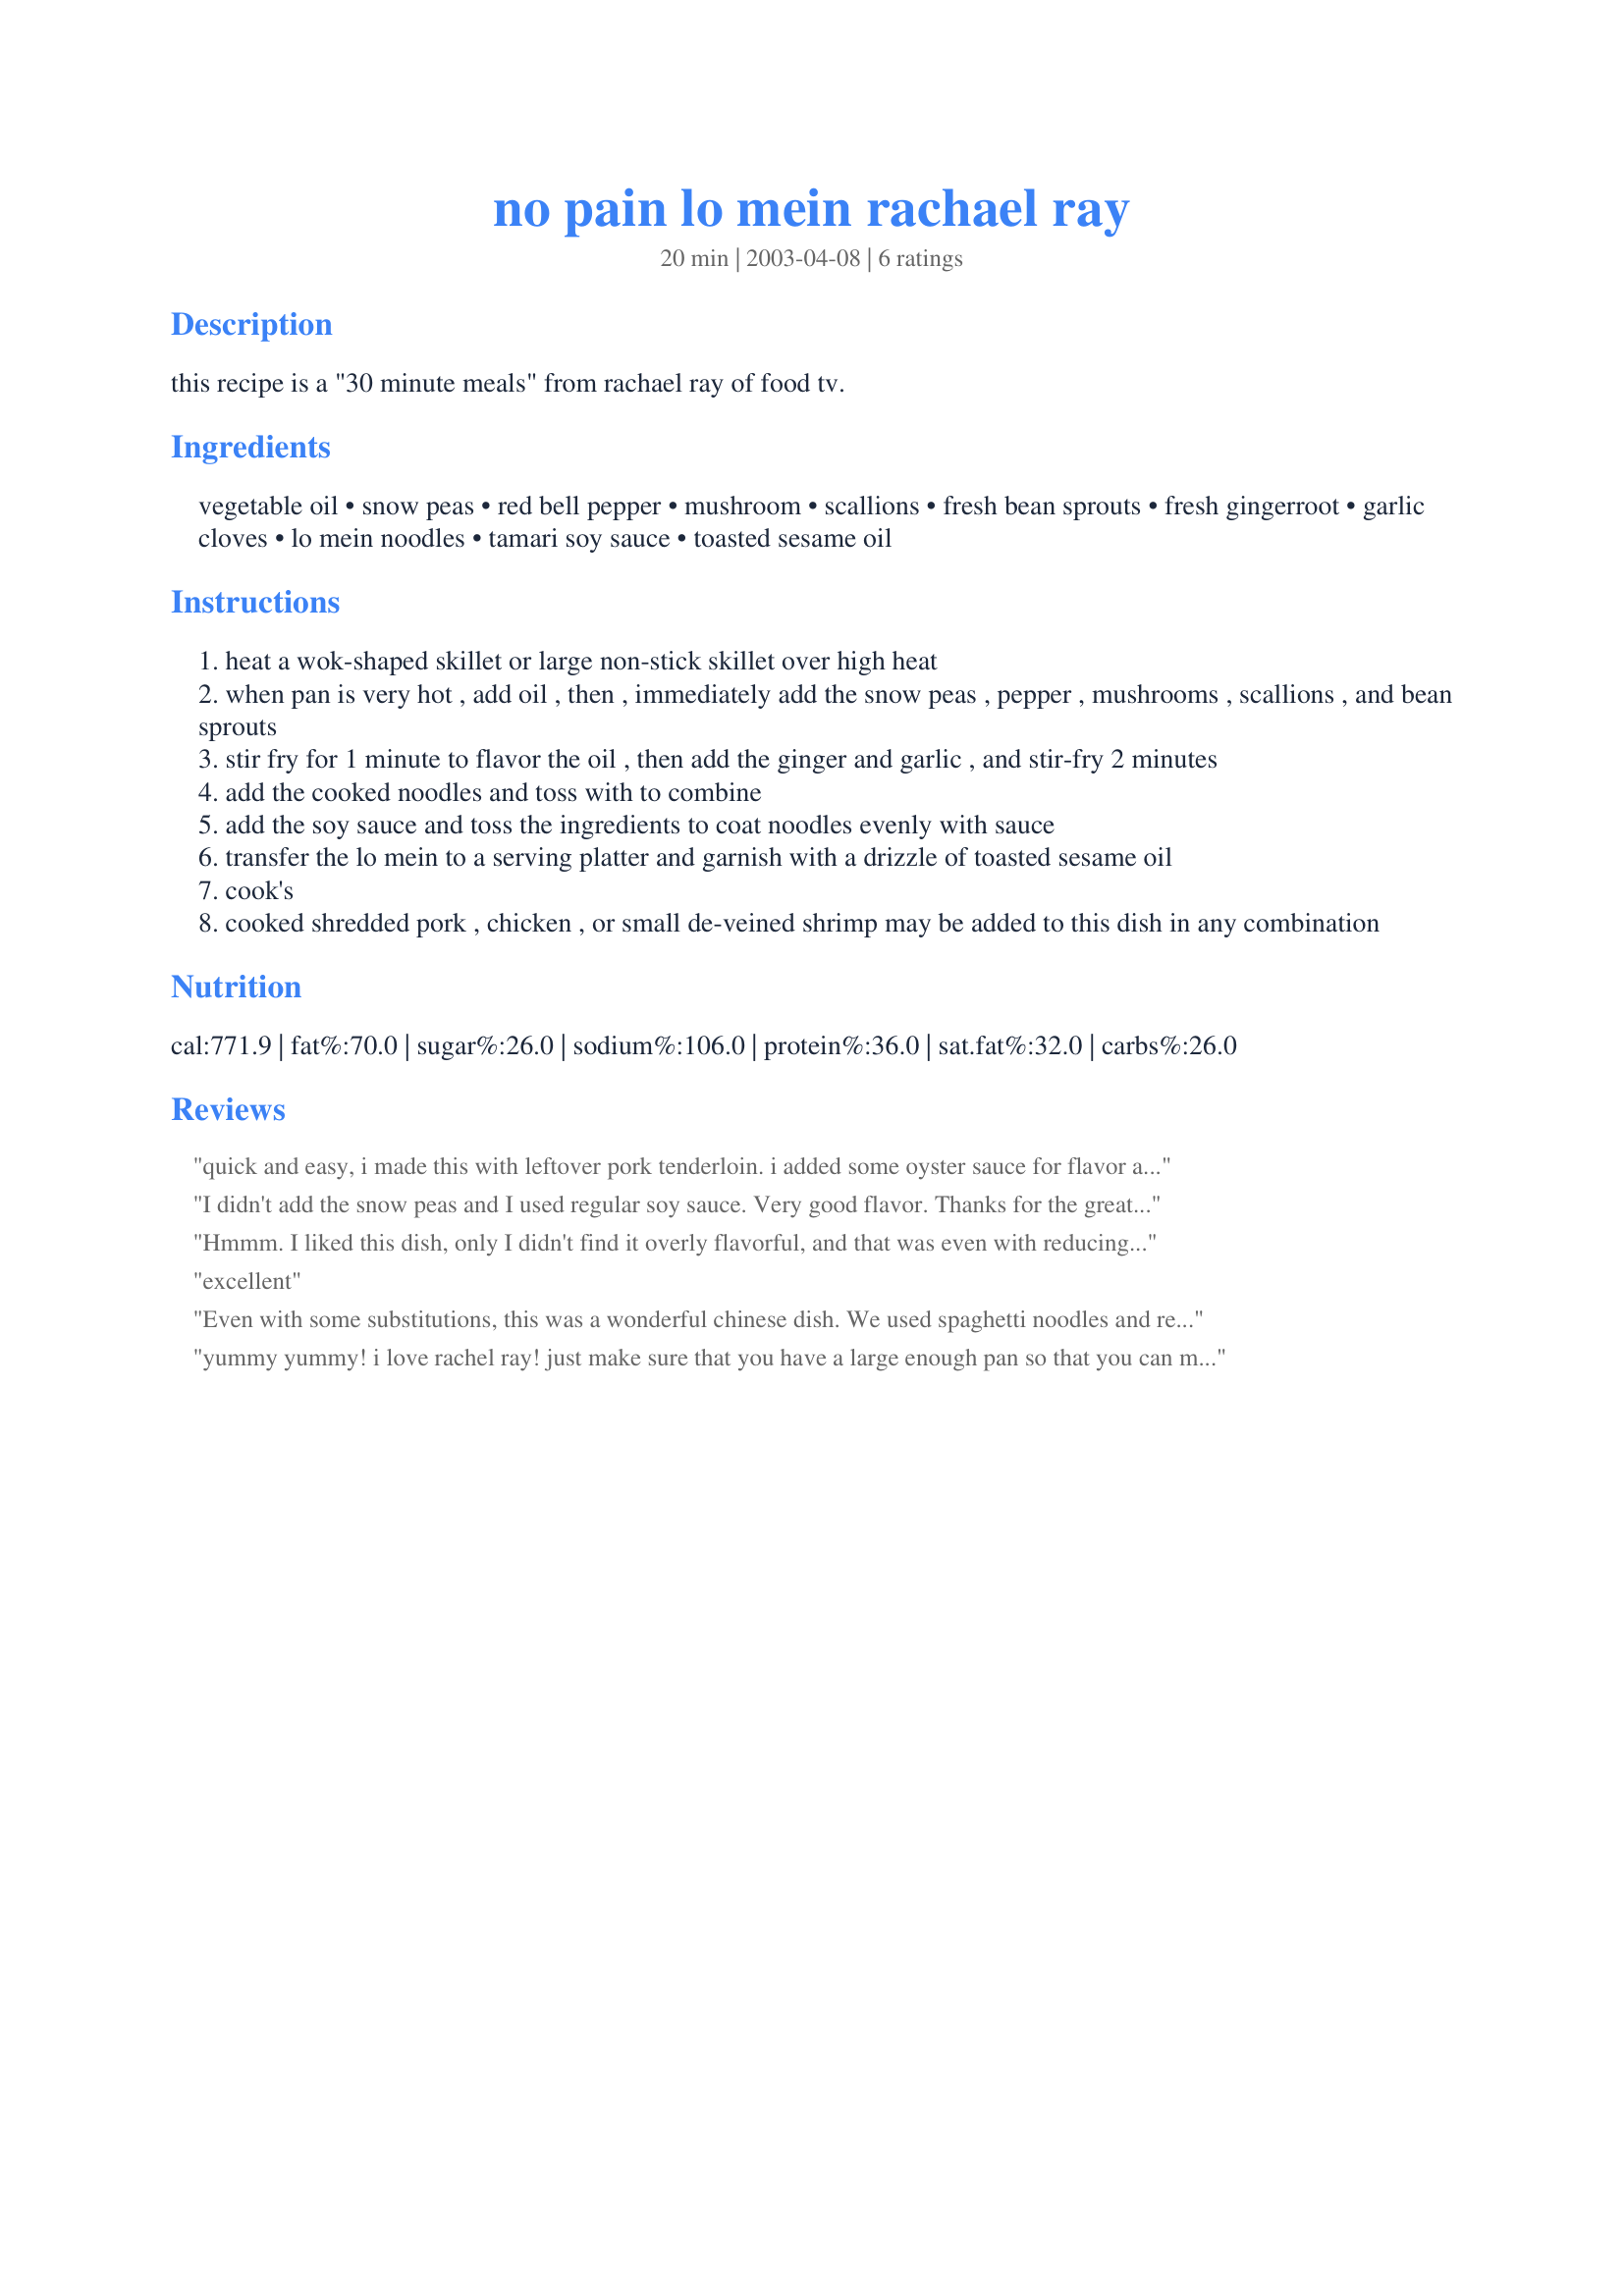
no pain lo mein rachael ray
Preparation time: 20 minutes

this recipe is a "30 minute meals" from rachael ray of food tv.

Ingredients:
vegetable oil, snow peas, red bell pepper, mushroom, scallions, fresh bean sprouts, fresh gingerroot, garlic cloves, lo mein noodles, tamari soy sauce, toasted sesame oil

Steps:
heat a wok-shaped skillet or large non-stick skillet over high heat
when pan is very hot , add oil , then , immediately add the snow peas , pepper , mushrooms , scallions , and bean sprouts
stir fry for 1 minute to flavor the oil , then add the ginger and garlic , and stir-fry 2 minutes
add the cooked noodles and toss with to combine
add the soy sauce and toss the ingredients to coat noodles evenly with sauce
transfer the lo mein to a serving platter and garnish with a drizzle of toasted sesame oil
cook's
cooked shredded pork , chicken , or small de-veined shrimp may be added to this dish in any combination

Reviews:
quick and easy, i made this with leftover pork tenderloin. i added some oyster sauce for flavor and i used lo mein noodles. this was a great side dish as part of an asian dinner
I didn't add the snow peas and I used regular soy sauce. Very good flavor. Thanks for the great recipe!!
Hmmm. I liked this dish, only I didn't find it overly flavorful, and that was even with reducing the lo mein noodles to 1/2 pound but keeping everything else the same. I only used 1 tsp sesame oil as it is very strong, so perhaps that is where my flavor problem stems from. I will try again, but may add additional garlic or maybe some oyster or fish sauce?
excellent
Even with some substitutions, this was a wonderful chinese dish. We used spaghetti noodles and regular peas instead of snow peas. Makes great leftovers too!
yummy yummy! i love rachel ray! just make sure that you have a large enough pan so that you can mix the pasta in, I dont have a wok and had trouble mixing all the spaghetti in. This definately makes more that four servings though! My family of 5 had plenty of leftover. I wish I would had the bean sprouts in there. We had them, but they went bad before I could use them. :( but very yummy none the less!
